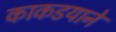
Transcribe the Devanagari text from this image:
काकडयाने